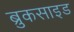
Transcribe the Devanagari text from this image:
ब्रुकसाइड